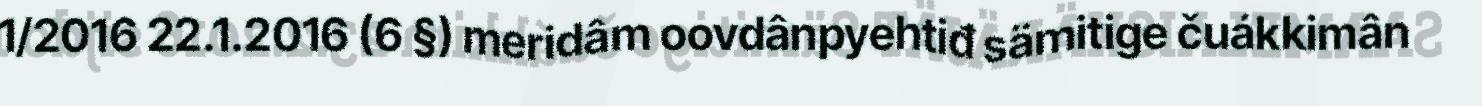
1/2016 22.1.2016 (6 §) meridâm oovdânpyehtiđ sämitige čuákkimân